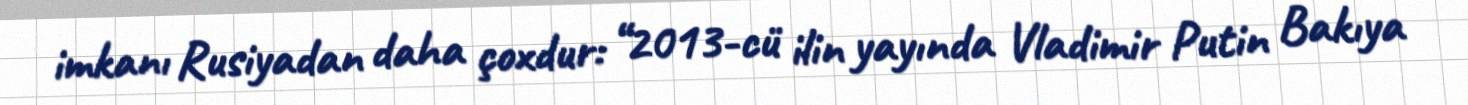
imkanı Rusiyadan daha çoxdur: “2013-cü ilin yayında Vladimir Putin Bakıya